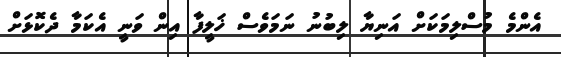
އެންމެ މުސްލިމަކަށް އަނިޔާ ލިބުނު ނަމަވެސް ޚަލީފާ އިން ވަނީ އެކަމާ ދެކޮޅަށް